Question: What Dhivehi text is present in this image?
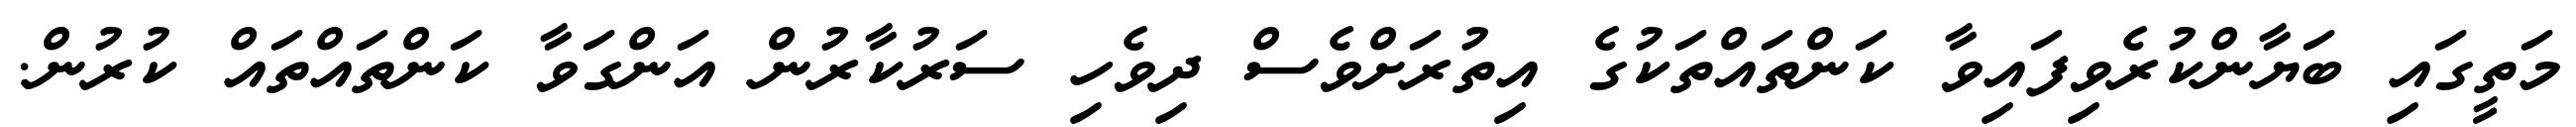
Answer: މަތީގައި ބަޔާންކުރެވިފައިވާ ކަންތައްތަކުގެ އިތުރަށްވެސް ދިވެހި ސަރުކާރުން އަންގަވާ ކަންތައްތައް ކުރުން.